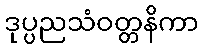
ဒုပ္ပညသံဝတ္တနိကာ